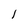
Character: l